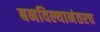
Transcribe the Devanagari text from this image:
बनविल्यानंतरच